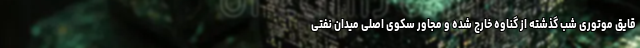
قایق موتوری شب گذشته از گناوه خارج شده و مجاور سکوی اصلی میدان نفتی